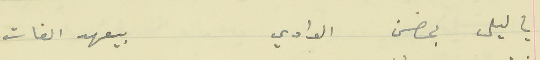
يا ليل بحضن الوادي                                     بيعهد الفات